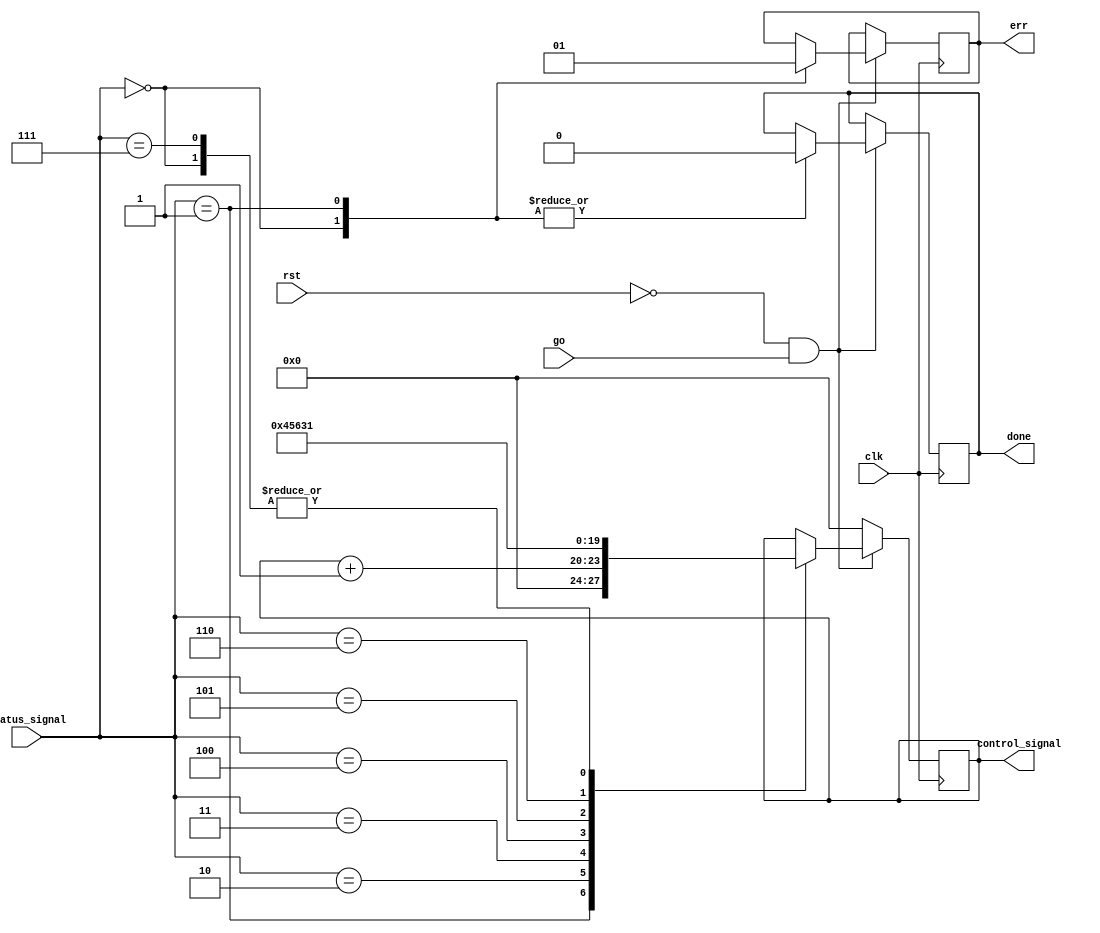
module control_unit(
        input clk, rst, go,
        input [4:0] status_signal,
        output reg  done, err,
        output reg [3:0] control_signal
    );
    
    always @ (posedge clk)
    begin
        if(!rst && go)
        begin
            case(status_signal)
                0: //idle
                begin
                    control_signal <= 1;
                    err <= 0;
                    done <= 0;
                end
                1: // error
                begin
                    control_signal <= 0;
                    err <= 1;
                    done <= 0;
                end
                2: // status ok go to next state
                    control_signal = control_signal + 1;
                3: // remainder less than divisor go to state 4
                    control_signal <= 4;
                4: // remainder more than divisor go to state 4
                    control_signal <= 5;
                5: //  done wit division go to 6
                    control_signal <= 6;
                6: // still dividing go to 3
                    control_signal <= 3;
                7: // done with everything go to 1
                    control_signal <= 1;
            endcase
        end   
        else
            control_signal = 0;
    end
endmodule